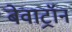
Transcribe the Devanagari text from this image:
बेवाट्रॉन